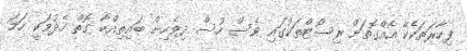
ފިހާރަތަކެކޭ އެއްގޮތަށް ރިސޯޓްތަކުގައި ވެސް ހުސް ދިވެހިން ބައިތިއްބާ ގޮތް ހެދުމަކީ ހަމަ